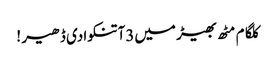
کلگام مٹھ بھیڑ میں3آتنکوادی ڈھیر !